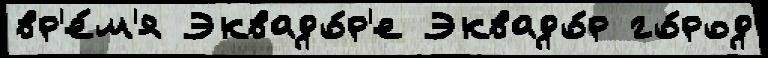
вр'е́м'я Эквадо́р'е Эквадо́р го́род